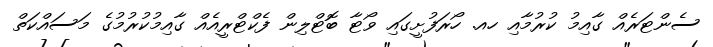
ސެންޓަރެއް ގާއިމު ކުރުމާއި ހއ. ހޯރަފުށީގައި ވޯޓާ ބޮޓްލިން ފެކްޓްރީއެއް ގާއިމުކުރުމުގެ މަސައްކަތް